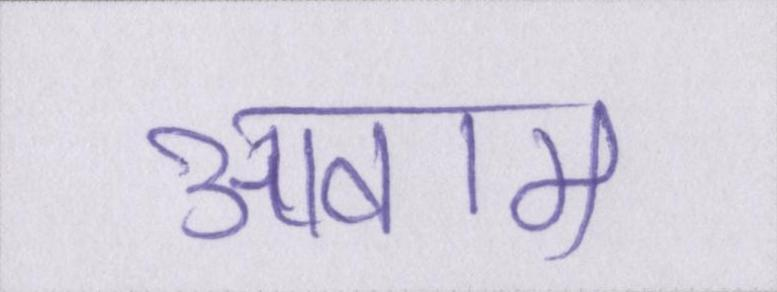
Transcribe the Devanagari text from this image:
आवाम